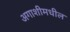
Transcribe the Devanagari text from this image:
अगाशीमधील